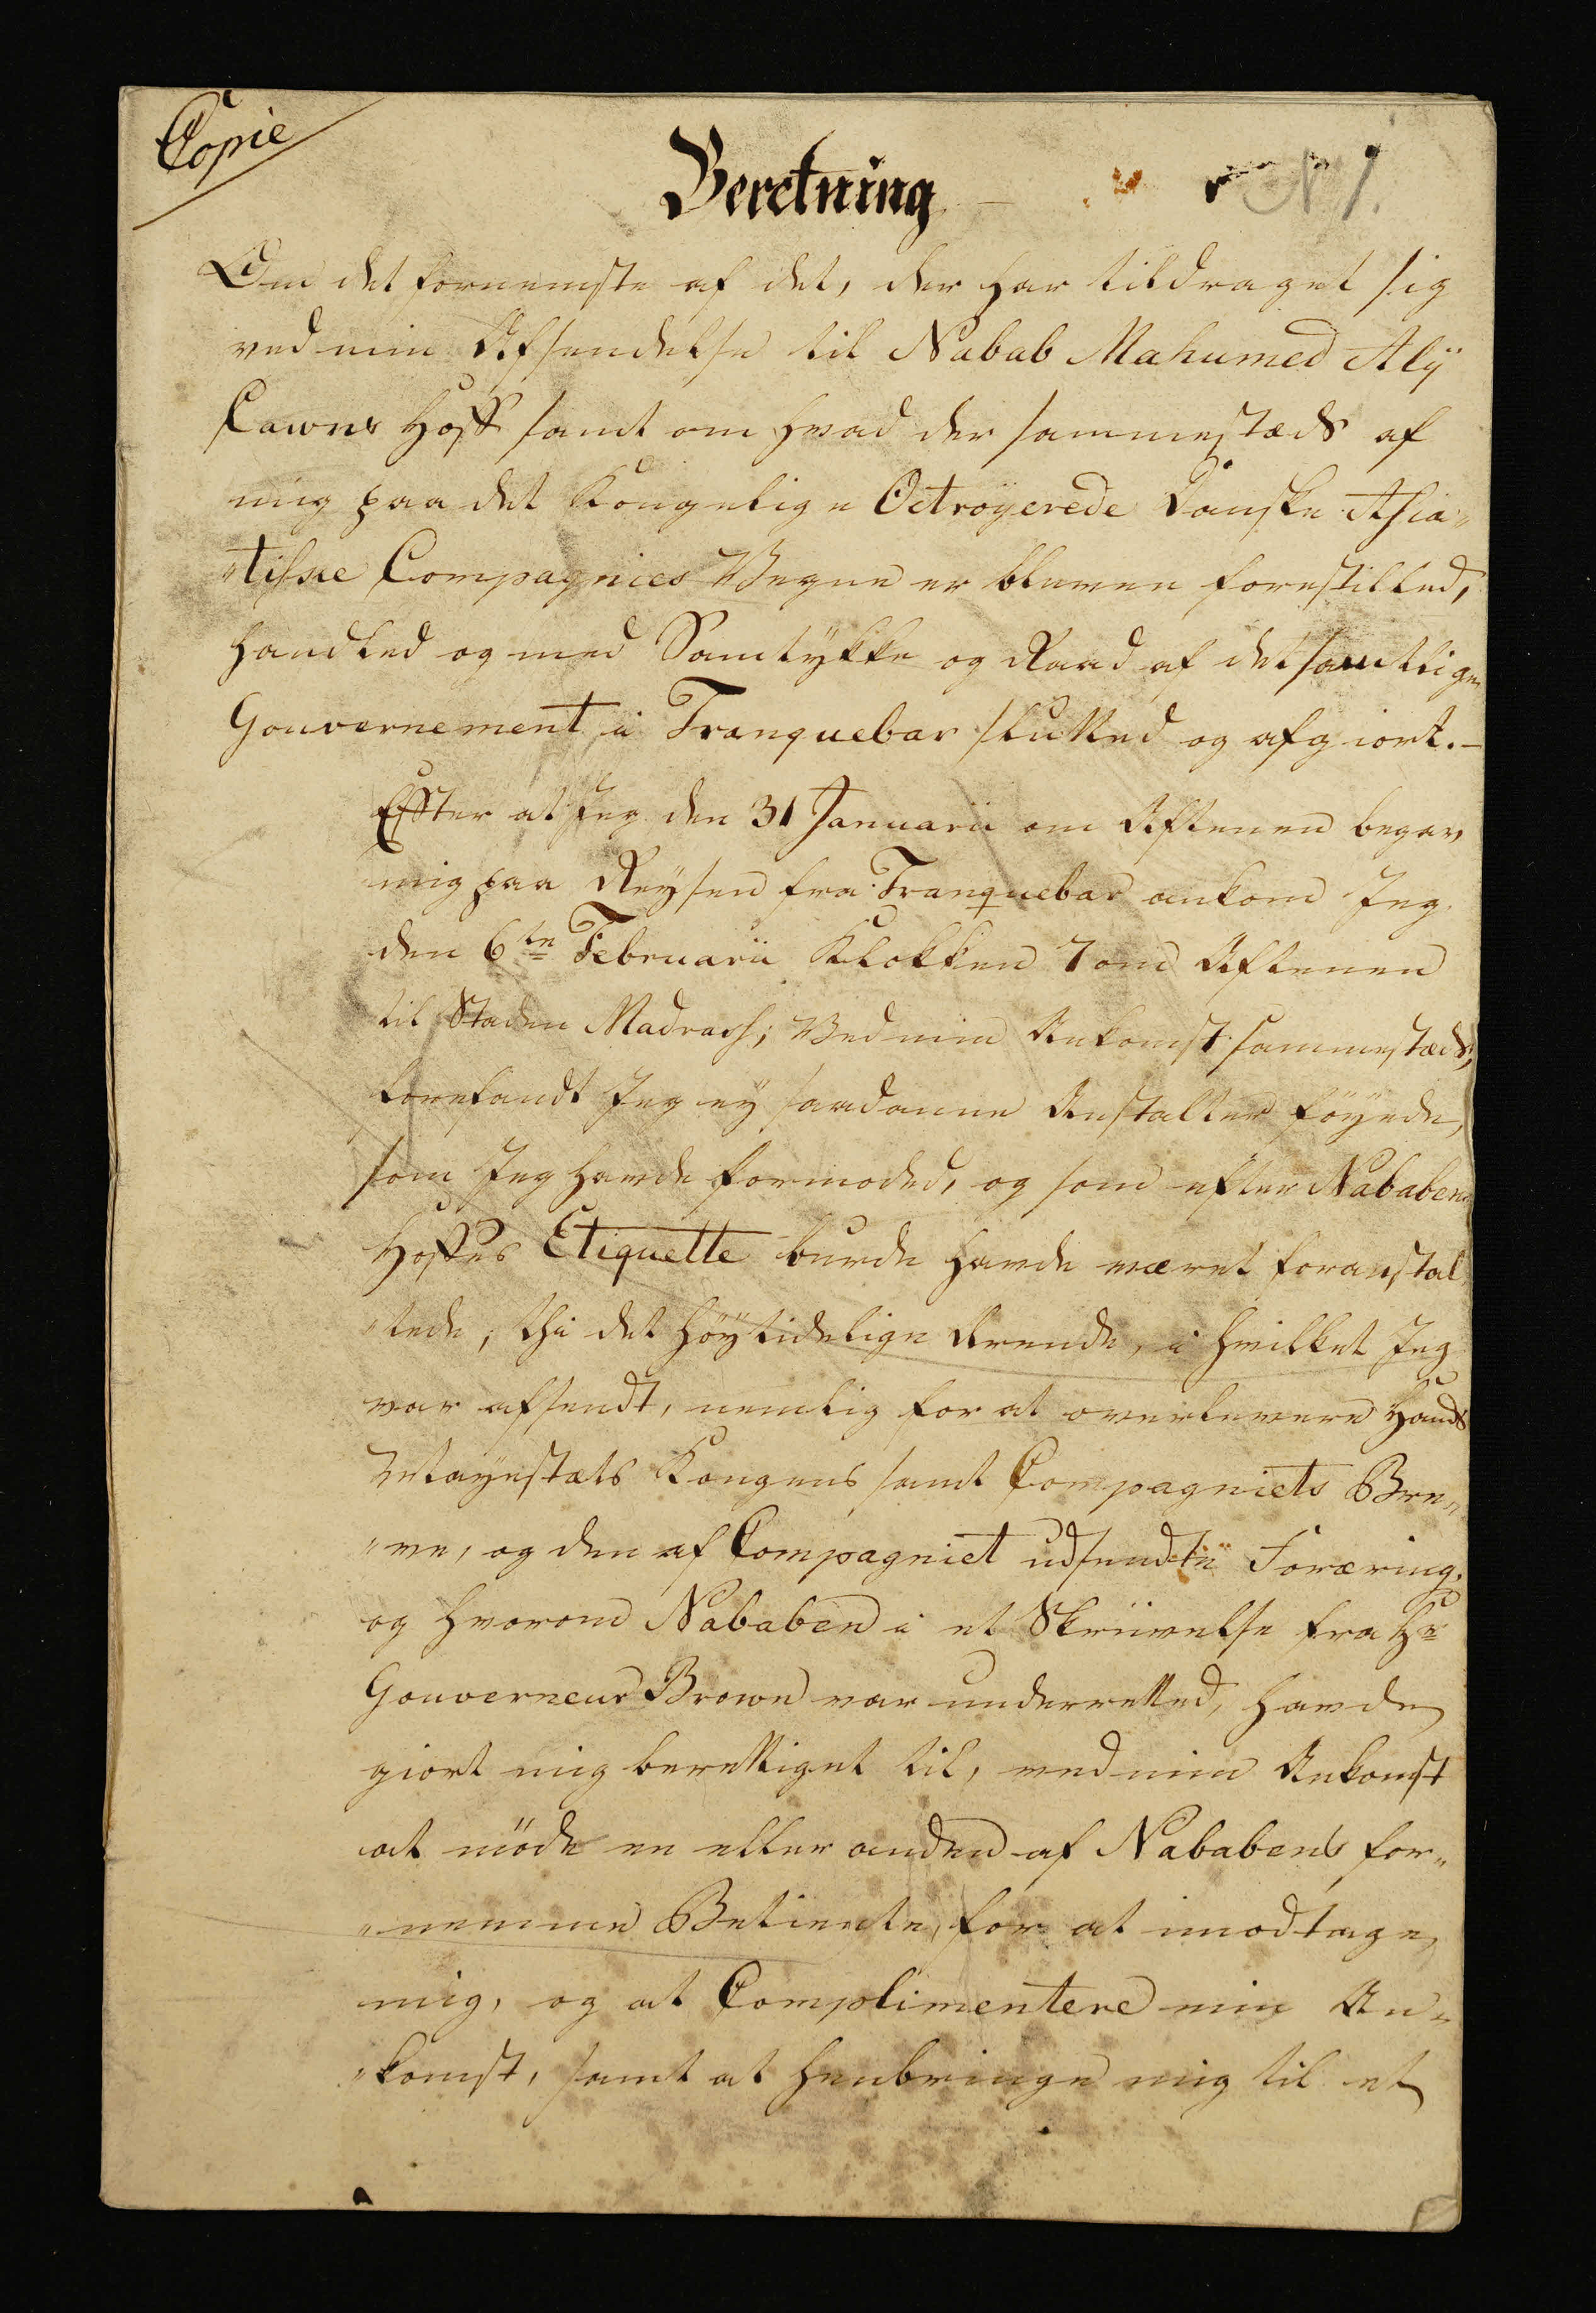
Transkription:
Copie

Beretning

No 1.

Om det fornemste af det, der har tildraget sig
ved min Afsendelse til Nabab Mahumed Aly
Cawns Hoff samt om hvad der sammestæds af
mig paa det Kongelige Octroyerede Danske Asia„
„tiske Compagnies Vegne er bleven forestilled,
handled og med Samtykke og Raad af det samtlige
Gouvernement i Tranquebar slutted og afgiort. -

Efter at Jeg den 31 Januarii om Aftenen begav
mig paa Reysen fra Tranquebar ankom Jeg
den 6te Februarii Klokken 7 om Aftenen
til Staden Madrass; Ved min Ankomst sammestæds
forefandt Jeg ey saadanne Anstalter föyede,
som Jeg havde formoded, og som efter Nababers
Hoffes Etiquette burde havde været foranstal
„tede; thi det höytidelige Ærende, i hvilket Jeg
var afsendt, nemlig for at overlevere Hands
Mayestæts Kongens samt Compagniets Bre„
„ve, og den af Compagniet udsendte Foræring,
og hvorom Nababen i et Skrivelse fra Hr
Gouverneur Brown være underretted, havde
giort mig berettiget til, med min Ankomst
at möde en eller anden af Nababens for„
„nemme Betiende, for at modtage
mig, og at Complimentere min An„
„komst, samt at henbringe mig til et